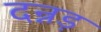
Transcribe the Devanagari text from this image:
दन्नड़